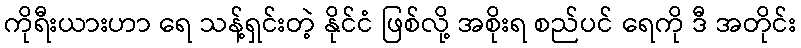
ကိုရီးယားဟာ ရေ သန့်ရှင်းတဲ့ နိုင်ငံ ဖြစ်လို့ အစိုးရ စည်ပင် ရေကို ဒီ အတိုင်း